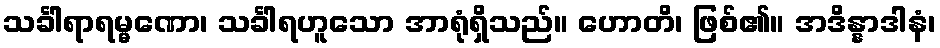
သင်္ခါရာရမ္မဏော၊ သင်္ခါရဟူသော အာရုံရှိသည်။ ဟောတိ၊ ဖြစ်၏။ အဒိန္နာဒါနံ၊